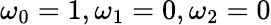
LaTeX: \omega_{0}=1,\omega_{1}=0,\omega_{2}=0